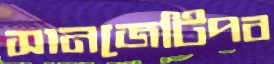
সানজেটিপব